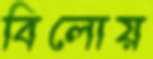
বিলোয়